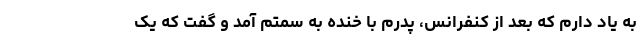
به یاد دارم که بعد از کنفرانس، پدرم با خنده به سمتم آمد و گفت که یک